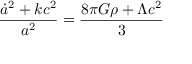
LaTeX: { \frac { { \dot { a } } ^ { 2 } + k c ^ { 2 } } { a ^ { 2 } } } = { \frac { 8 \pi G \rho + \Lambda c ^ { 2 } } { 3 } }